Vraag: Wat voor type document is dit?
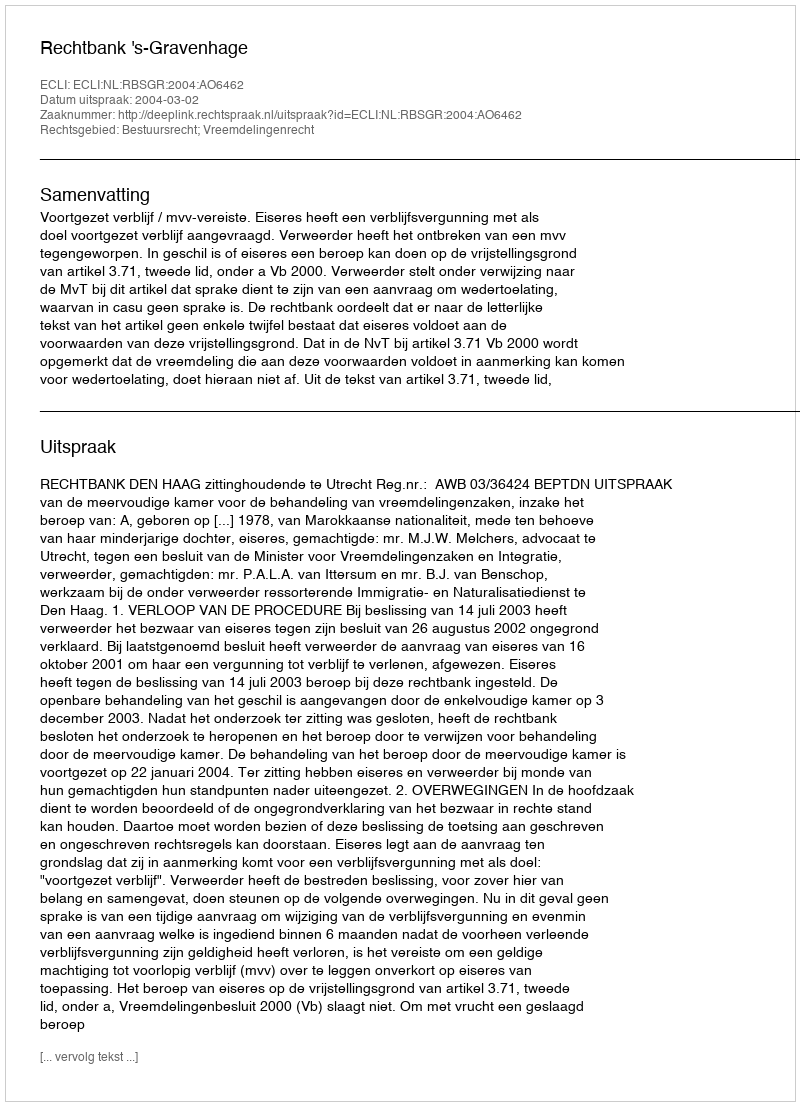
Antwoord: Uitspraak